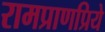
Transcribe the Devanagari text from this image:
रामप्राणप्रिये